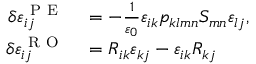
\begin{array} { r l } { \delta \varepsilon _ { i j } ^ { \mathrm { ~ P ~ E ~ } } } & { { } = - \frac { 1 } { \varepsilon _ { 0 } } \varepsilon _ { i k } p _ { k l m n } S _ { m n } \varepsilon _ { l j } , } \\ { \delta \varepsilon _ { i j } ^ { \mathrm { ~ R ~ O ~ } } } & { { } = R _ { i k } \varepsilon _ { k j } - \varepsilon _ { i k } R _ { k j } } \end{array}